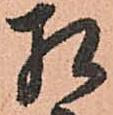
相